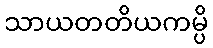
သာယတတိယကမ္ပိ